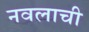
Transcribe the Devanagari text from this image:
नवलाची